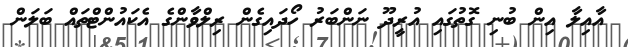
އާއިލާ އިން ބުނި ގޮތުގައި އުރީދޫ ނަންބަރު ހޯދައިގެން ރިލްވާންގެ އެކައުންޓްތައް ބަލަން